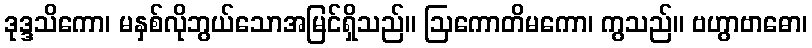
ဒုဒ္ဒသိကော၊ မနှစ်လိုဘွယ်သောအမြင်ရှိသည်။ ဩကောတိမကော၊ ကွသည်။ ဗဟွာဗာဓော၊